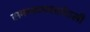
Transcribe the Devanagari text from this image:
समाजव्यवस्थेतली